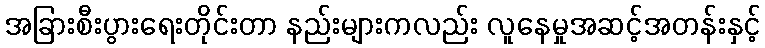
အခြားစီးပွားရေးတိုင်းတာ နည်းများကလည်း လူနေမှုအဆင့်အတန်းနှင့်